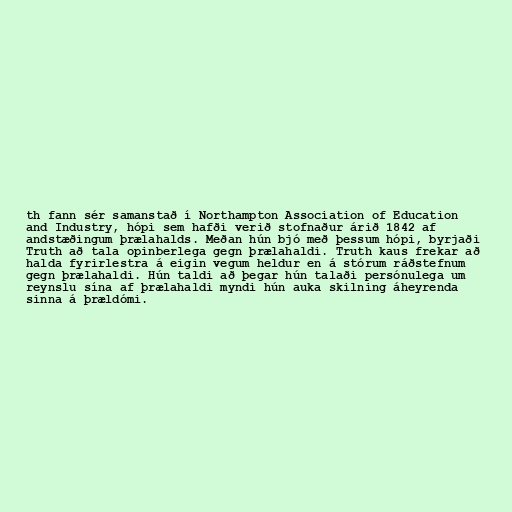
th fann sér samanstað í Northampton Association of Education
and Industry, hópi sem hafði verið stofnaður árið 1842 af
andstæðingum þrælahalds. Meðan hún bjó með þessum hópi, byrjaði
Truth að tala opinberlega gegn þrælahaldi. Truth kaus frekar að
halda fyrirlestra á eigin vegum heldur en á stórum ráðstefnum
gegn þrælahaldi. Hún taldi að þegar hún talaði persónulega um
reynslu sína af þrælahaldi myndi hún auka skilning áheyrenda
sinna á þrældómi.